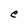
Character: e